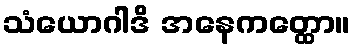
သံယောဂါဒိ အနေကတ္ထော။